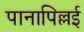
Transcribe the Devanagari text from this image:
पानापिल्लई